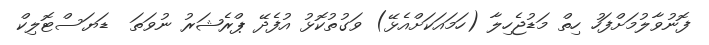
ފޮނުވާލުމަށްފަހު ހިތް މަޑުޖެހިލާ (ހަމައަކަށްއެޅޭ) ވަގުތުކޮޅު އުފެދޭ ޕްރެޝަރު ނުވަތަ  ޑަޔަސްޓޮލިކް